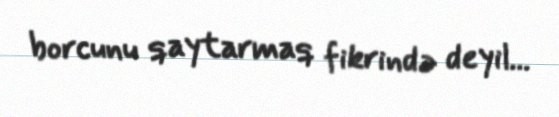
borcunu qaytarmaq fikrində deyil...